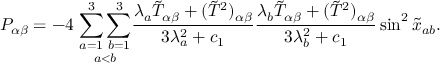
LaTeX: P _ { \alpha \beta } = - 4 \; \underset { a < b } { \sum _ { a = 1 } ^ { 3 } \sum _ { b = 1 } ^ { 3 } } \frac { \lambda _ { a } \tilde { T } _ { \alpha \beta } + ( \tilde { T } ^ { 2 } ) _ { \alpha \beta } } { 3 \lambda _ { a } ^ { 2 } + c _ { 1 } } \frac { \lambda _ { b } \tilde { T } _ { \alpha \beta } + ( \tilde { T } ^ { 2 } ) _ { \alpha \beta } } { 3 \lambda _ { b } ^ { 2 } + c _ { 1 } } \sin ^ { 2 } \tilde { x } _ { a b } .